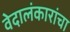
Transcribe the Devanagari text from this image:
वेदालंकारांचा